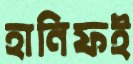
হানিফই